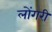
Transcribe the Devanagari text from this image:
लोंगरी